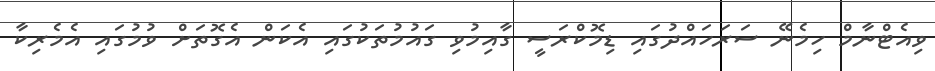
ވިއެޓްނާމް ހިމެނޭ ސަރަހައްދުގައި ޑިމޮކްރަސީ ގާއިމުވި ގައުމުތަކުގައި އެކަން އެގޮތަށް ވުމުގައި އެމެރިކާ